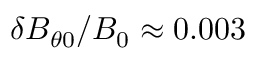
\delta B _ { \theta 0 } / B _ { 0 } \approx 0 . 0 0 3